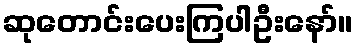
ဆုတောင်းပေးကြပါဦးနော်။